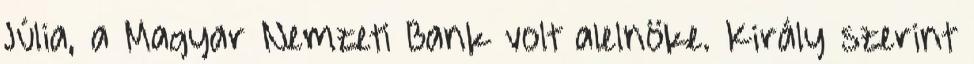
Júlia, a Magyar Nemzeti Bank volt alelnöke. Király szerint